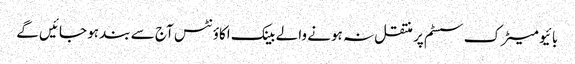
بائیو میٹرک سسٹم پر منتقل نہ ہونے والے بینک اکاؤنٹس آج سے بند ہو جائیں گے